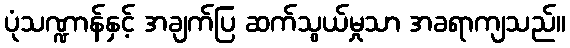
ပုံသဏ္ဍာန်နှင့် အချက်ပြ ဆက်သွယ်မှုသာ အခရာကျသည်။